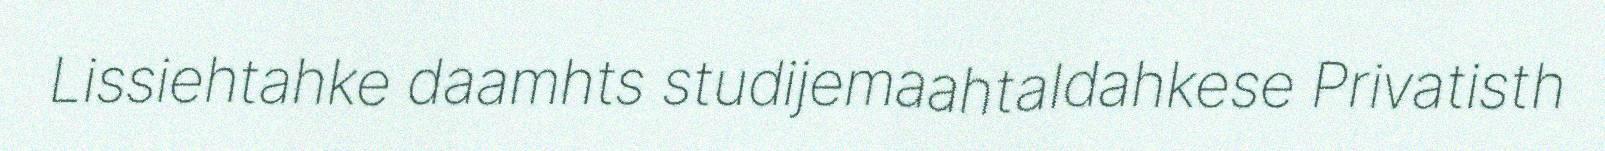
Lissiehtahke daamhts studijemaahtaldahkese Privatisth